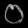
Digit: ၀